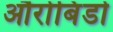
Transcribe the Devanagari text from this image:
औरोबिंडो